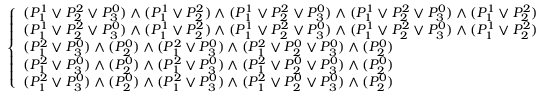
{ \left\{ \begin{array} { l l } { ( P _ { 1 } ^ { 1 } \lor P _ { 2 } ^ { 2 } \lor P _ { 3 } ^ { 0 } ) \land ( P _ { 1 } ^ { 1 } \lor P _ { 2 } ^ { 2 } ) \land ( P _ { 1 } ^ { 1 } \lor P _ { 2 } ^ { 2 } \lor P _ { 3 } ^ { 0 } ) \land ( P _ { 1 } ^ { 1 } \lor P _ { 2 } ^ { 2 } \lor P _ { 3 } ^ { 0 } ) \land ( P _ { 1 } ^ { 1 } \lor P _ { 2 } ^ { 2 } ) } \\ { ( P _ { 1 } ^ { 1 } \lor P _ { 2 } ^ { 2 } \lor P _ { 3 } ^ { 0 } ) \land ( P _ { 1 } ^ { 1 } \lor P _ { 2 } ^ { 2 } ) \land ( P _ { 1 } ^ { 1 } \lor P _ { 2 } ^ { 2 } \lor P _ { 3 } ^ { 0 } ) \land ( P _ { 1 } ^ { 1 } \lor P _ { 2 } ^ { 2 } \lor P _ { 3 } ^ { 0 } ) \land ( P _ { 1 } ^ { 1 } \lor P _ { 2 } ^ { 2 } ) } \\ { ( P _ { 1 } ^ { 2 } \lor P _ { 3 } ^ { 0 } ) \land ( P _ { 2 } ^ { 0 } ) \land ( P _ { 1 } ^ { 2 } \lor P _ { 3 } ^ { 0 } ) \land ( P _ { 1 } ^ { 2 } \lor P _ { 2 } ^ { 0 } \lor P _ { 3 } ^ { 0 } ) \land ( P _ { 2 } ^ { 0 } ) } \\ { ( P _ { 1 } ^ { 2 } \lor P _ { 3 } ^ { 0 } ) \land ( P _ { 2 } ^ { 0 } ) \land ( P _ { 1 } ^ { 2 } \lor P _ { 3 } ^ { 0 } ) \land ( P _ { 1 } ^ { 2 } \lor P _ { 2 } ^ { 0 } \lor P _ { 3 } ^ { 0 } ) \land ( P _ { 2 } ^ { 0 } ) } \\ { ( P _ { 1 } ^ { 2 } \lor P _ { 3 } ^ { 0 } ) \land ( P _ { 2 } ^ { 0 } ) \land ( P _ { 1 } ^ { 2 } \lor P _ { 3 } ^ { 0 } ) \land ( P _ { 1 } ^ { 2 } \lor P _ { 2 } ^ { 0 } \lor P _ { 3 } ^ { 0 } ) \land ( P _ { 2 } ^ { 0 } ) } \end{array} \right. }